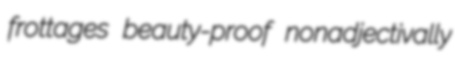
frottages beauty-proof nonadjectivally